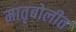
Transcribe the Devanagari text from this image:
मातृबोलीत